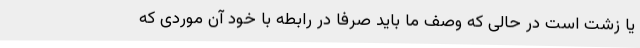
یا زشت است در حالی که وصف ما باید صرفا در رابطه با خود آن موردی که